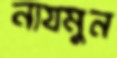
নাযমুন